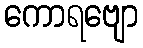
ကောရဗျော